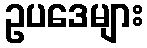
ဥပဒေများ